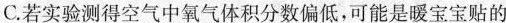
C.若实验测得空气中氧气体积分数偏低，可能是暖宝宝贴的